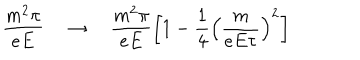
\frac { m ^ { 2 } \pi } { e E } \quad \to \quad \frac { m ^ { 2 } \pi } { e E } \left[ 1 - \frac { 1 } { 4 } \left( \frac { m } { e E \tau } \right) ^ { 2 } \right]